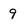
Character: 9